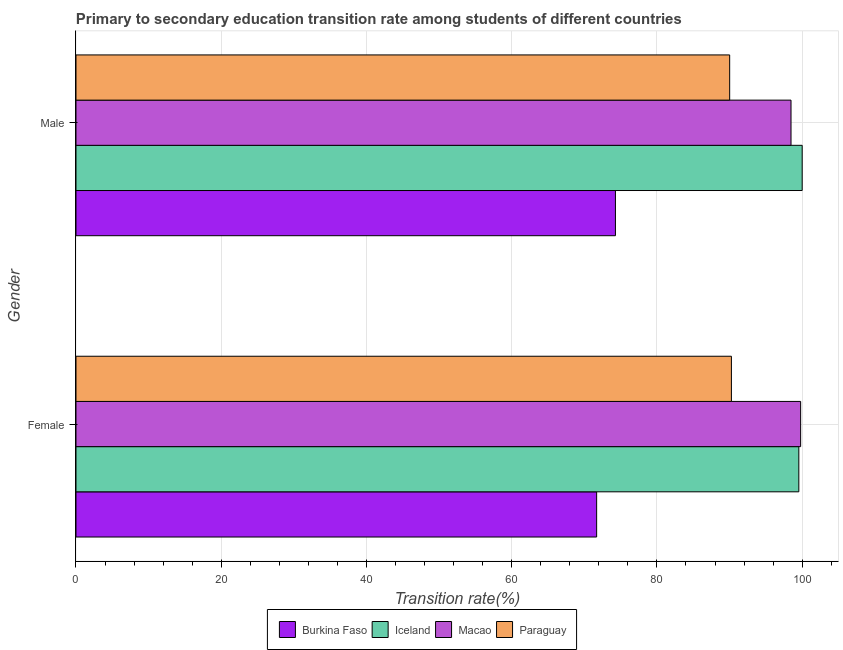
| Gender | Burkina Faso | Iceland | Macao | Paraguay |
 | --- | --- | --- | --- | --- |
 | Female | 71.7 | 99.5 | 99.8 | 90.3 |
 | Male | 74.3 | 100 | 98.5 | 90 |